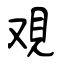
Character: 覌